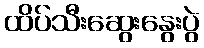
ထိပ်သီးဆွေးနွေးပွဲ